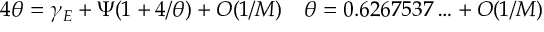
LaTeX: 4 \theta = \gamma _ { E } + \Psi \! \left( 1 + 4 / \theta \right) + O ( 1 / M ) \quad \theta = 0 . 6 2 6 7 5 3 7 \ldots + O ( 1 / M )